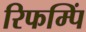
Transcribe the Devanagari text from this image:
रिफम्पिं